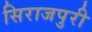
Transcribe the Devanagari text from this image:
सिराजपुरी